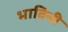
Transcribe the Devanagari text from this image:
भाविनी